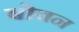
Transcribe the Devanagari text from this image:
बोवन